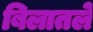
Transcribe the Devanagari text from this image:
बिलातले